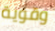
وقوية